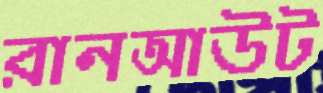
রানআউট